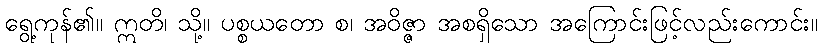
ရွေ့ကုန်၏။ ဣတိ၊ သို့။ ပစ္စယတော စ၊ အဝိဇ္ဇာ အစရှိသော အကြောင်းဖြင့်လည်းကောင်း။